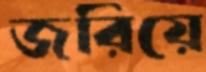
জরিয়ে